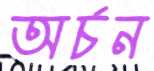
অর্চন